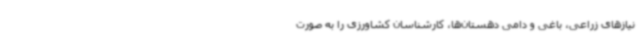
نیازهای زراعی، باغی و دامی دهستان‌ها، کارشناسان کشاورزی را به صورت